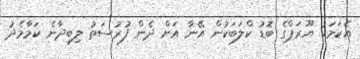
އެކަމަކު ޔޫރަޕްގެ ބޮޑު ކްލަބަކުން އޭނާ އަށް ދެން ފުރުސަތު ލިބިދާނެ ކަމާމެދު